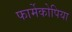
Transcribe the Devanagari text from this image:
फार्मेकोपिया